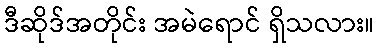
ဒီဆိုဒ်အတိုင်း အမဲရောင် ရှိသလား။